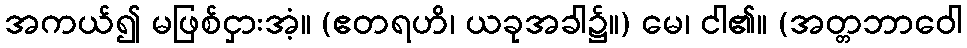
အကယ်၍ မဖြစ်ငှားအံ့။ (ဧတရဟိ၊ ယခုအခါ၌။) မေ၊ ငါ၏။ (အတ္တဘာဝေါ